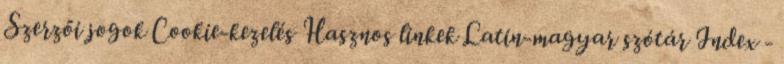
Szerzői jogok Cookie-kezelés Hasznos linkek Latin-magyar szótár Index -